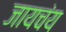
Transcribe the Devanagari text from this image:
जायचंय